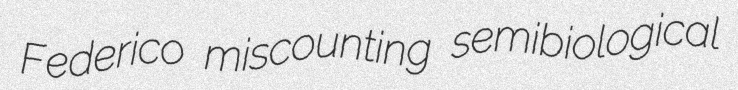
Federico miscounting semibiological